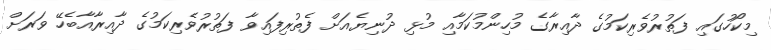
މިކޯހުގައި ފަތުރުވެރިކަމުގެ ދާއިރާގެ މުހިންމުކަމާއި މުޅި ދުނިޔެއަށް ފެތުރިފައިވާ ފަތުރުވެރިކަމުގެ ދާއިރާއާބެހޭ ވަރަށް